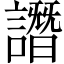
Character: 譖